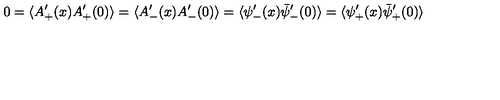
0 = \langle A _ { + } ^ { \prime } ( x ) A _ { + } ^ { \prime } ( 0 ) \rangle = \langle A _ { - } ^ { \prime } ( x ) A _ { - } ^ { \prime } ( 0 ) \rangle = \langle { \psi } _ { - } ^ { \prime } ( x ) \bar { \psi } _ { - } ^ { \prime } ( 0 ) \rangle = \langle { \psi } _ { + } ^ { \prime } ( x ) \bar { \psi } _ { + } ^ { \prime } ( 0 ) \rangle